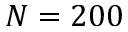
N = 2 0 0